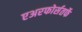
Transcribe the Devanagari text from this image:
एअरफोर्सतर्फे